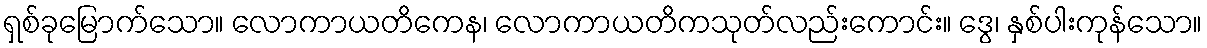
ရှစ်ခုမြောက်သော။ လောကာယတိကေန၊ လောကာယတိကသုတ်လည်းကောင်း။ ဒွေ၊ နှစ်ပါးကုန်သော။